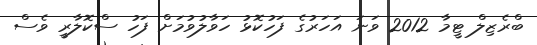
ބްރެޒިލް ޓީމާ 2012 ވަނަ އަހަރުގެ ފަހުކޮޅު ހަވާލުވުމަށް ފަހު ސްކޮލާރީ ވެސް